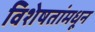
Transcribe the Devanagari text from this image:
विशेषतांमधून